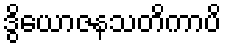
ဒွိယောဇနသတိကာပိ